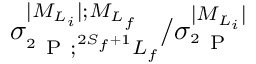
{ \sigma } _ { ^ 2 \mathrm { ~ P ~ } ; ^ { 2 S _ { f } + 1 } L _ { f } } ^ { \vert { M } _ { L _ { i } } \vert ; { M } _ { { L } _ { f } } } / { \sigma } _ { ^ 2 \mathrm { ~ P ~ } } ^ { \vert { M } _ { L _ { i } } \vert }